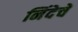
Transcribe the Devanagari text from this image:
निंदेचे